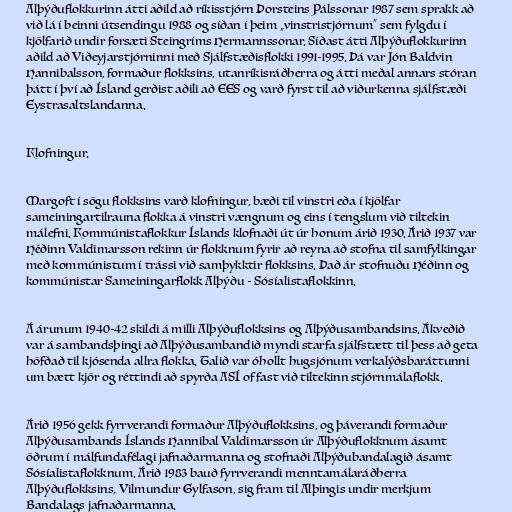
Alþýðuflokkurinn átti aðild að ríkisstjórn Þorsteins Pálssonar 1987 sem sprakk að
við lá í beinni útsendingu 1988 og síðan í þeim „vinstristjórnum“ sem fylgdu í
kjölfarið undir forsæti Steingríms Hermannssonar. Síðast átti Alþýðuflokkurinn
aðild að Viðeyjarstjórninni með Sjálfstæðisflokki 1991-1995. Þá var Jón Baldvin
Hannibalsson, formaður flokksins, utanríkisráðherra og átti meðal annars stóran
þátt í því að Ísland gerðist aðili að EES og varð fyrst til að viðurkenna sjálfstæði
Eystrasaltslandanna.

Klofningur.

Margoft í sögu flokksins varð klofningur, bæði til vinstri eða í kjölfar
sameiningartilrauna flokka á vinstri vængnum og eins í tengslum við tiltekin
málefni. Kommúnistaflokkur Íslands klofnaði út úr honum árið 1930. Árið 1937 var
Héðinn Valdimarsson rekinn úr flokknum fyrir að reyna að stofna til samfylkingar
með kommúnistum í trássi við samþykktir flokksins. Það ár stofnuðu Héðinn og
kommúnistar Sameiningarflokk Alþýðu - Sósíalistaflokkinn.

Á árunum 1940-42 skildi á milli Alþýðuflokksins og Alþýðusambandsins. Ákveðið
var á sambandsþingi að Alþýðusambandið myndi starfa sjálfstætt til þess að geta
höfðað til kjósenda allra flokka. Talið var óhollt hugsjónum verkalýðsbaráttunni
um bætt kjör og réttindi að spyrða ASÍ of fast við tiltekinn stjórnmálaflokk.

Árið 1956 gekk fyrrverandi formaður Alþýðuflokksins, og þáverandi formaður
Alþýðusambands Íslands Hannibal Valdimarsson úr Alþýðuflokknum ásamt
öðrum í málfundafélagi jafnaðarmanna og stofnaði Alþýðubandalagið ásamt
Sósíalistaflokknum. Árið 1983 bauð fyrrverandi menntamálaráðherra
Alþýðuflokksins, Vilmundur Gylfason, sig fram til Alþingis undir merkjum
Bandalags jafnaðarmanna.